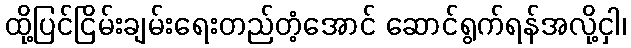
ထို့ပြင်ငြိမ်းချမ်းရေးတည်တံ့အောင် ဆောင်ရွက်ရန်အလို့ငှါ၊